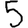
Digit: 5